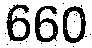
660